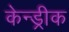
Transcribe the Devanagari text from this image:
केन्ड्रीक